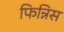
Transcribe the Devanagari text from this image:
फिन्निस